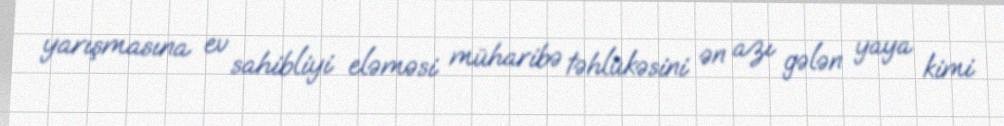
yarışmasına ev sahibliyi eləməsi müharibə təhlükəsini ən azı gələn yaya kimi